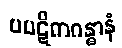
ပပဋိကဂန္ဓာနံ